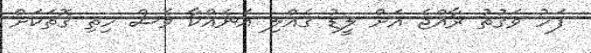
ފަހު ވަގުތު ރާއްޖެ އަށް ލީޑު ގެއްލި އަނެއްކާ ވެސް ހިތި ގޮތަކަށް